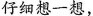
仔细想一想，